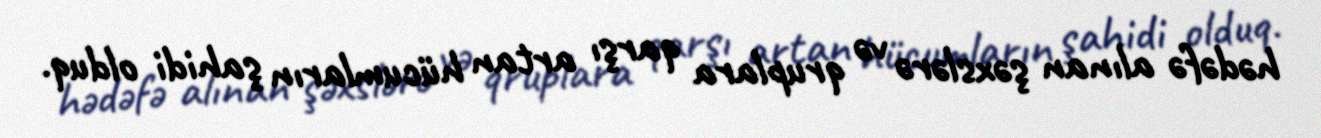
hədəfə alınan şəxslərə və qruplara qarşı artan hücumların şahidi olduq.